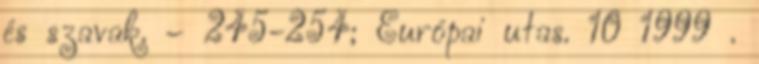
és szavak. – 245-254; Európai utas. 10 1999 .